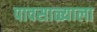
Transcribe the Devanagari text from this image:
पावसाळ्याला